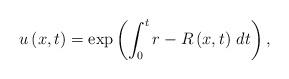
LaTeX: \begin{align*}u\left(x,t\right)=\exp\left(\int_0^t r-R\left(x,t\right)\,dt\right),\end{align*}